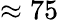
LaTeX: \approx 75